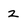
Character: 2